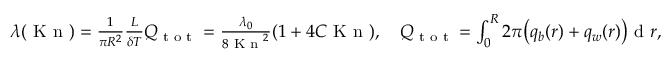
\begin{array} { r } { \lambda ( \textrm { K n } ) = \frac { 1 } { \pi R ^ { 2 } } \frac { L } { \delta T } Q _ { \textrm { t o t } } = \frac { \lambda _ { 0 } } { 8 \textrm { K n } ^ { 2 } } ( 1 + 4 C \textrm { K n } ) , \quad Q _ { \textrm { t o t } } = \int \displaylimits _ { 0 } ^ { R } 2 \pi \big ( q _ { b } ( r ) + q _ { w } ( r ) \big ) \textrm { d } r , } \end{array}